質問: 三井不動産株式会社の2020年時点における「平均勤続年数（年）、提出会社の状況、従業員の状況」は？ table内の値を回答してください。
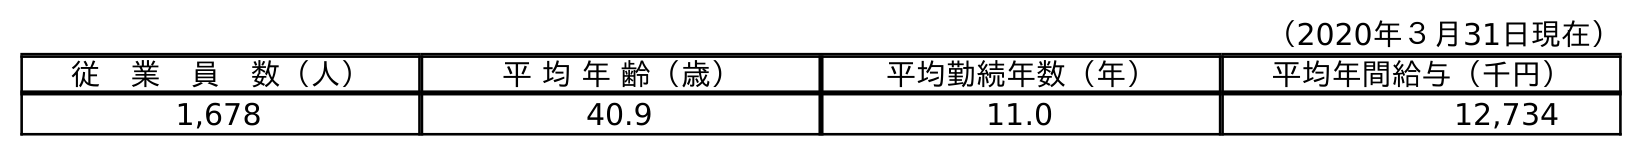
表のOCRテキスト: （2020年３月31日現在） 従 業 員 数（人） 平 均 年 齢（歳） 平均勤続年数（年） 平均年間給与（千円） 1,678 40.9 11.0 12,734
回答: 11.0